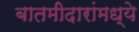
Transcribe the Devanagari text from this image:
बातमीदारांमध्ये